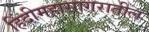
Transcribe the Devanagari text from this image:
हिंदीमहासागरातील